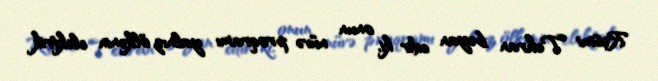
Rəsmi Tehran bəyan edir ki, onun nüvə proqramı yalnız ölkənin elektrik